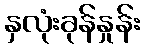
နှလုံးခုန်နှုန်း